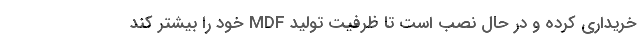
خریداری کرده و در حال نصب است تا ظرفیت تولید MDF خود را بیشتر کند